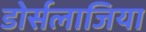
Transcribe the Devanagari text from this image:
डोर्सलाजिया